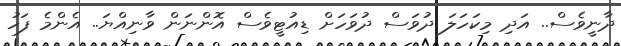
ދާނީވެސް.. އަދި މިކަހަލަ ދުވަސް ދުވަހަށް ޑިއުޓީވެސް އޮންނަން ވާނިއްޔަ.. އެންމެ ފަހު